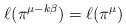
LaTeX: \begin{align*}\ell(\pi^{\mu - k \beta}) = \ell(\pi^\mu)\end{align*}